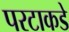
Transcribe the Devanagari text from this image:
परटाकडे